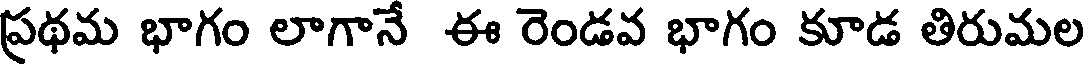
ప్రథమ భాగం లాగానే ఈ రెండవ భాగం కూడ తిరుమల